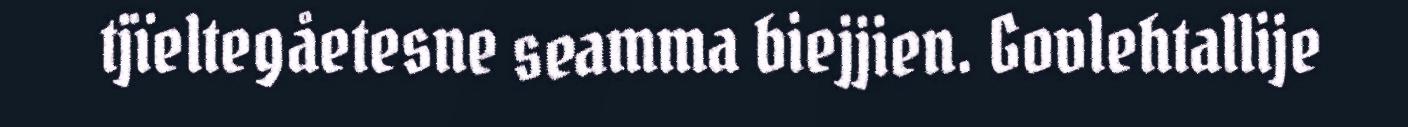
tjïeltegåetesne seamma biejjien. Govlehtallije